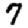
Digit: 7